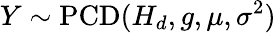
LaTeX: Y\sim\operatorname{PCD}(H_{d},g,\mu,\sigma^{2})